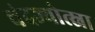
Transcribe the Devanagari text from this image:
चंदज्योत्स्ना